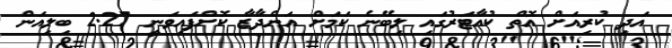
އަދި ކުރިއަށް އޮތް ކުއާޓަރުގައި ލިބޭނެ ކަމަށް އަންދާޒާ ކޮށްފައިވަނީ 2.27 ބިލިއަން